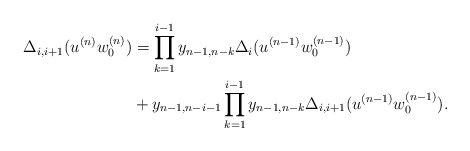
\begin{align*} \Delta_{i,i+1}(u^{(n)}w_0^{(n)})&=\prod_{k=1}^{i-1}y_{n-1,n-k}\Delta_i(u^{(n-1)}w_0^{(n-1)}) \\ &+y_{n-1,n-i-1}\prod_{k=1}^{i-1}y_{n-1,n-k}\Delta_{i,i+1}(u^{(n-1)}w_0^{(n-1)}).\end{align*}